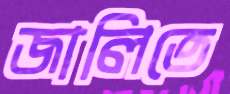
জালিতে